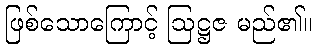
ဖြစ်သောကြောင့် ဩဋ္ဌဇ မည်၏။